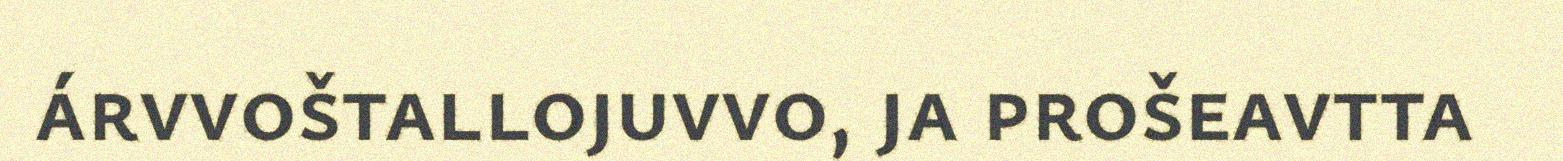
árvvoštallojuvvo, ja prošeavtta